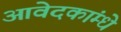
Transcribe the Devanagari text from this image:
आवेदकांम्धे